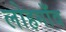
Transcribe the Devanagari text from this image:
लोहगाँव